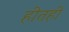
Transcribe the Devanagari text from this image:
हीतही